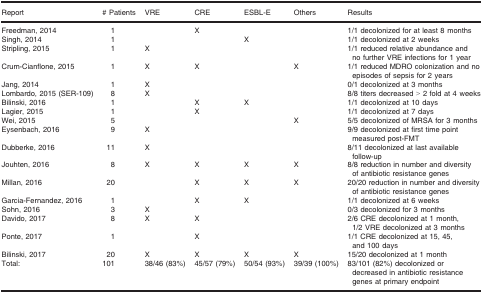
| Report | # Patients | VRE | CRE | ESBL‐E | Others | Results |
 | --- | --- | --- | --- | --- | --- | --- |
 | Freedman, 2014 | 1 |  | X |  |  | 1/1 decolonized for at least 8 months |
 | Singh, 2014 | 1 |  |  | X |  | 1/1 decolonized at 2 weeks |
 | Stripling, 2015 | 1 | X |  |  |  | 1/1 reduced relative abundance and no further VRE infections for 1 year |
 | Crum‐Cianflone, 2015 | 1 | X | X |  | X | 1/1 reduced MDRO colonization and no episodes of sepsis for 2 years |
 | Jang, 2014 | 1 | X |  |  |  | 0/1 decolonized at 3 months |
 | Lombardo, 2015 (SER‐109) | 8 | X |  |  |  | 8/8 titers decreased > 2 fold at 4 weeks |
 | Bilinski, 2016 | 1 |  | X | X |  | 1/1 decolonized at 10 days |
 | Lagier, 2015 | 1 |  | X |  |  | 1/1 decolonized at 7 days |
 | Wei, 2015 | 5 |  |  |  | X | 5/5 decolonized of MRSA for 3 months |
 | Eysenbach, 2016 | 9 | X |  |  |  | 9/9 decolonized at first time point measured post‐FMT |
 | Dubberke, 2016 | 11 | X |  |  |  | 8/11 decolonized at last available follow‐up |
 | Jouhten, 2016 | 8 | X | X | X | X | 8/8 reduction in number and diversity of antibiotic resistance genes |
 | Millan, 2016 | 20 |  | X | X | X | 20/20 reduction in number and diversity of antibiotic resistance genes |
 | Garcia‐Fernandez, 2016 | 1 |  | X | X |  | 1/1 decolonized at 6 weeks |
 | Sohn, 2016 | 3 | X |  |  |  | 0/3 decolonized for 3 months |
 | Davido, 2017 | 8 | X | X |  |  | 2/6 CRE decolonized at 1 month, 1/2 VRE decolonized at 3 months |
 | Ponte, 2017 | 1 |  | X |  |  | 1/1 CRE decolonized at 15, 45, and 100 days |
 | Bilinski, 2017 | 20 | X | X | X | X | 15/20 decolonized at 1 month |
 | Total: | 101 | 38/46 (83%) | 45/57 (79%) | 50/54 (93%) | 39/39 (100%) | 83/101 (82%) decolonized or decreased in antibiotic resistance genes at primary endpoint |